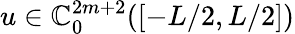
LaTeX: u\in\mathbb{C}_{0}^{2m+2}([-L/2,L/2])